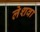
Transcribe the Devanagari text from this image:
लेशवा